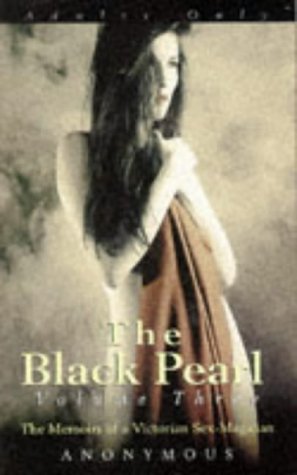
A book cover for Black Pearl: The Memoirs of a Victorian Sex Magician, Vol. 3; Anonymous; Romance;